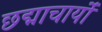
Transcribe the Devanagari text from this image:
छद्माचार्यों